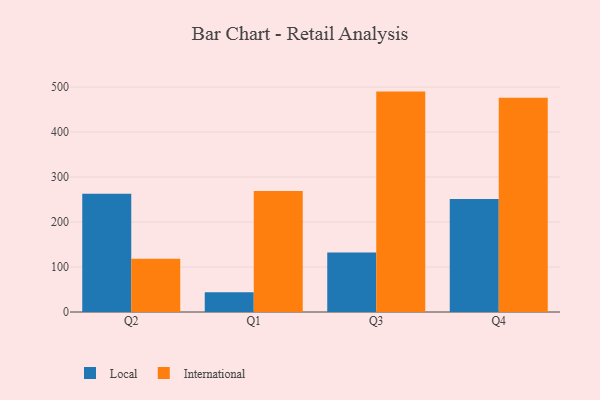
{"axis": {"x": "Quarter", "y": "Budget (USD K)"}, "legend": ["International", "Local"], "data": [{"x": "Q2", "y": 262.6, "type": "Local"}, {"x": "Q2", "y": 118.5, "type": "International"}, {"x": "Q1", "y": 43.8, "type": "Local"}, {"x": "Q1", "y": 269.2, "type": "International"}, {"x": "Q3", "y": 132.3, "type": "Local"}, {"x": "Q3", "y": 489.9, "type": "International"}, {"x": "Q4", "y": 251.4, "type": "Local"}, {"x": "Q4", "y": 476.3, "type": "International"}]}